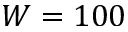
W = 1 0 0